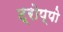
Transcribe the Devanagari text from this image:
ट्रोप्पो